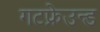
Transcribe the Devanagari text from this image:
गटफ्रेउन्ड